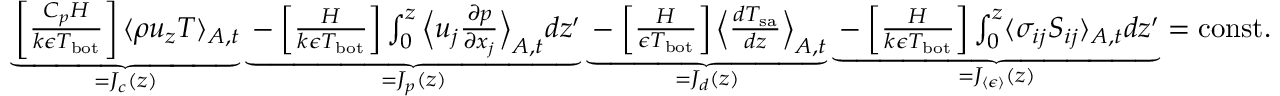
\begin{array} { r } { \underbrace { \left[ \frac { C _ { p } H } { k \epsilon T _ { \mathrm { b o t } } } \right] \langle \rho u _ { z } T \rangle _ { A , t } } _ { = J _ { c } ( z ) } \underbrace { - \left[ \frac { H } { k \epsilon T _ { \mathrm { b o t } } } \right] \int _ { 0 } ^ { z } \Big \langle u _ { j } \frac { \partial p } { \partial x _ { j } } \Big \rangle _ { A , t } d z ^ { \prime } } _ { = J _ { p } ( z ) } \underbrace { - \left[ \frac { H } { \epsilon T _ { \mathrm { b o t } } } \right] \Big \langle \frac { d T _ { \mathrm { s a } } } { d z } \Big \rangle _ { A , t } } _ { = J _ { d } ( z ) } \underbrace { - \left[ \frac { H } { k \epsilon T _ { \mathrm { b o t } } } \right] \int _ { 0 } ^ { z } \langle \sigma _ { i j } S _ { i j } \rangle _ { A , t } d z ^ { \prime } } _ { = J _ { \langle \epsilon \rangle } ( z ) } = \mathrm { c o n s t . } } \end{array}